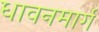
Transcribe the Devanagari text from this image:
धावनमार्ग